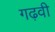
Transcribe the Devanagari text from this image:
गढ़वी